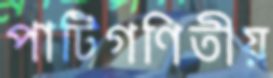
পাটিগণিতীয়